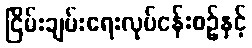
ငြိမ်းချမ်းရေးလုပ်ငန်းစဉ်နှင့်